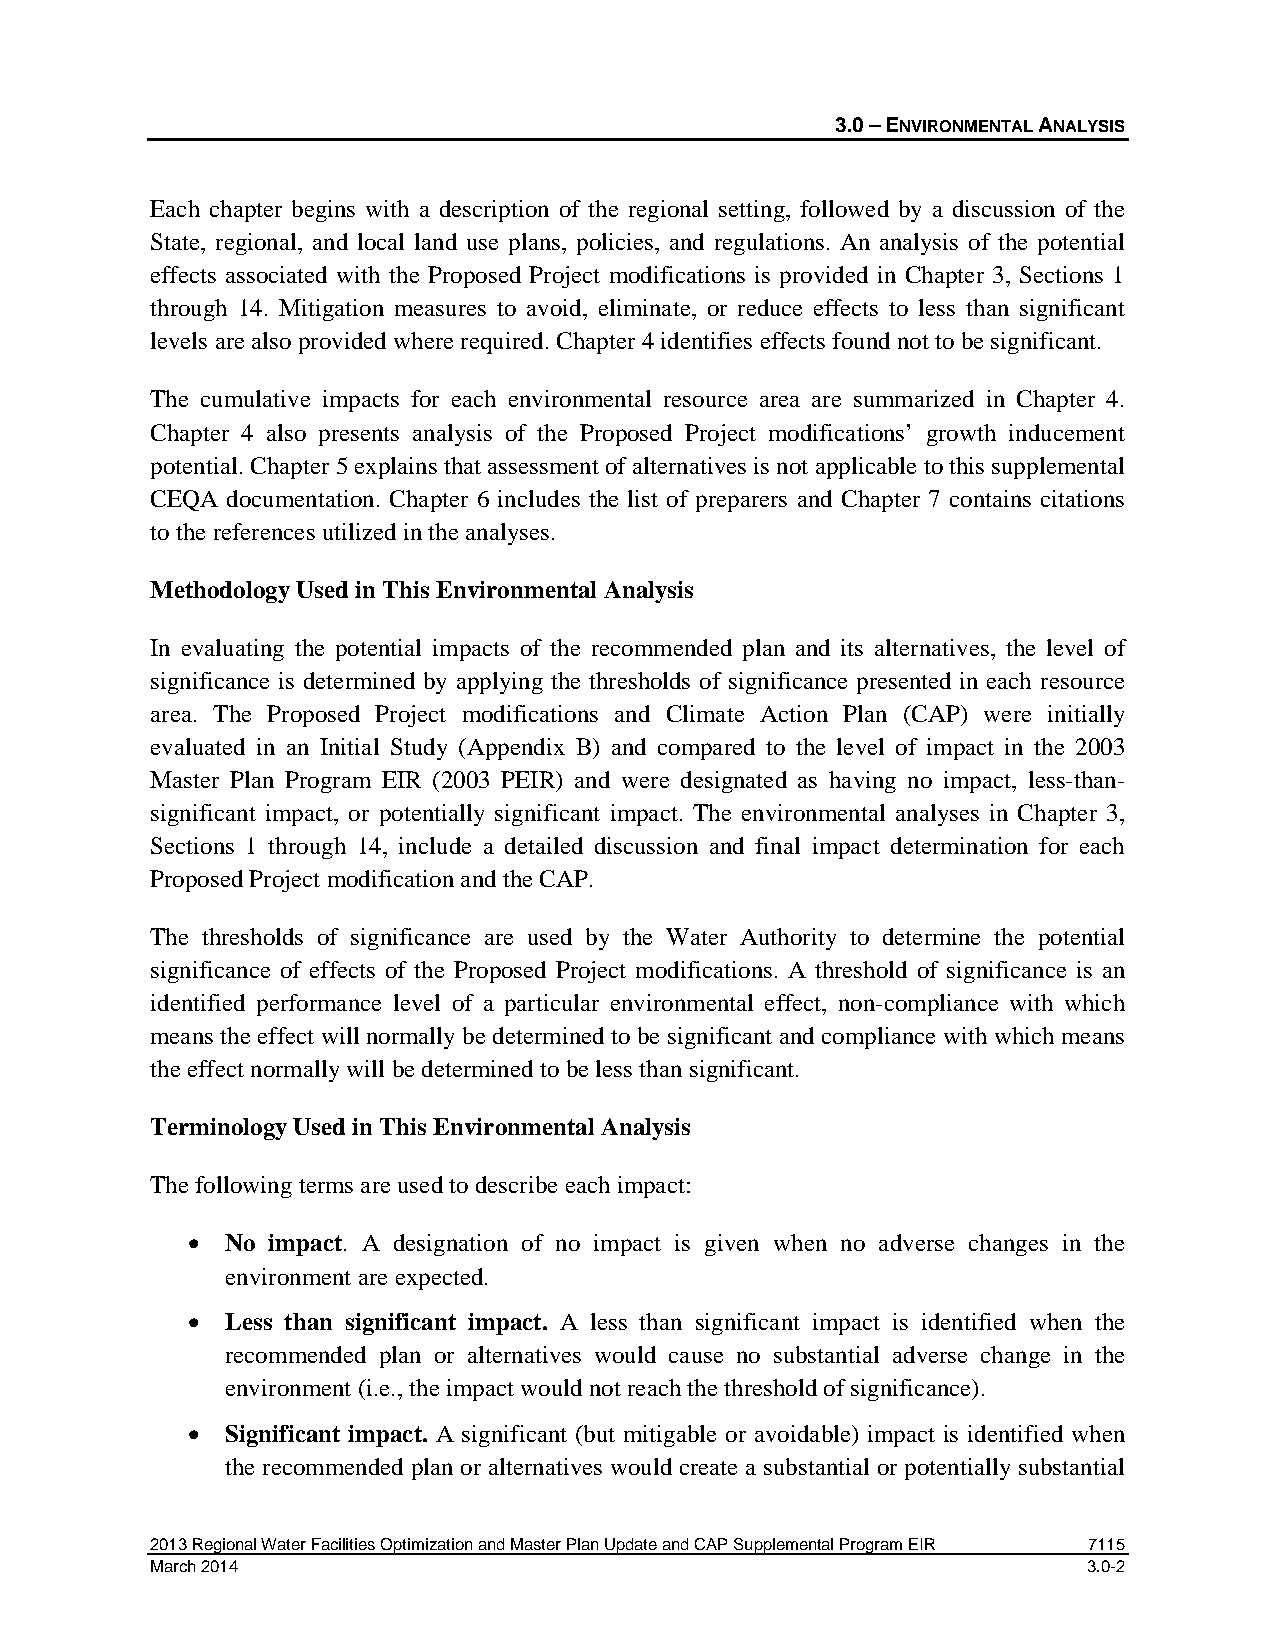
3.0 – ENVIRONMENTAL ANALYSIS
 Each chapter begins with a description of the regional setting, followed by a discussion of the
 State, regional, and local land use plans, policies, and regulations. An analysis of the potential
 effects associated with the Proposed Project modifications is provided in Chapter 3, Sections 1
 through 14. Mitigation measures to avoid, eliminate, or reduce effects to less than significant
 levels are also provided where required. Chapter 4 identifies effects found not to be significant.
 The cumulative impacts for each environmental resource area are summarized in Chapter 4.
 Chapter 4 also presents analysis of the Proposed Project modifications’ growth inducement
 potential. Chapter 5 explains that assessment of alternatives is not applicable to this supplemental
 CEQA documentation. Chapter 6 includes the list of preparers and Chapter 7 contains citations
 to the references utilized in the analyses.
 Methodology Used in This Environmental Analysis
 In evaluating the potential impacts of the recommended plan and its alternatives, the level of
 significance is determined by applying the thresholds of significance presented in each resource
 area. The Proposed Project modifications and Climate Action Plan (CAP) were initially
 evaluated in an Initial Study (Appendix B) and compared to the level of impact in the 2003
 Master Plan Program EIR (2003 PEIR) and were designated as having no impact, less-than-
 significant impact, or potentially significant impact. The environmental analyses in Chapter 3,
 Sections 1 through 14, include a detailed discussion and final impact determination for each
 Proposed Project modification and the CAP.
 The thresholds of significance are used by the Water Authority to determine the potential
 significance of effects of the Proposed Project modifications. A threshold of significance is an
 identified performance level of a particular environmental effect, non-compliance with which
 means the effect will normally be determined to be significant and compliance with which means
 the effect normally will be determined to be less than significant.
 Terminology Used in This Environmental Analysis
 The following terms are used to describe each impact:
 •  No impact. A designation of no impact is given when no adverse changes in the
 environment are expected.
 •  Less than significant impact. A less than significant impact is identified when the
 recommended plan or alternatives would cause no substantial adverse change in the
 environment (i.e., the impact would not reach the threshold of significance).
 •  Significant impact. A significant (but mitigable or avoidable) impact is identified when
 the recommended plan or alternatives would create a substantial or potentially substantial
 2013 Regional Water Facilities Optimization and Master Plan Update and CAP Supplemental Program EIR 7115
 March 2014                                                    3.0-2